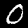
Digit: 0